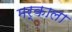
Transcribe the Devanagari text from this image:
मर्काला